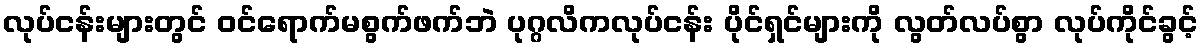
လုပ်ငန်းများတွင် ဝင်ရောက်မစွက်ဖက်ဘဲ ပုဂ္ဂလိကလုပ်ငန်း ပိုင်ရှင်များကို လွတ်လပ်စွာ လုပ်ကိုင်ခွင့်